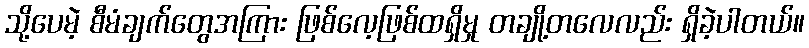
သို့ပေမဲ့ စီမံချက်တွေအကြား ဖြစ်လေ့ဖြစ်ထရှိမှု တချို့တလေလည်း ရှိခဲ့ပါတယ်။